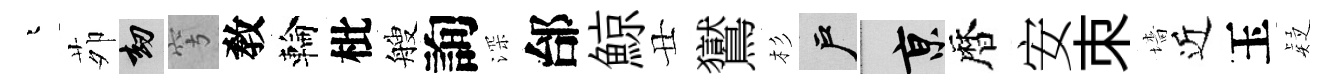
迢茆劫穹敎輪枇艘詢深邰鯨丑鸑杉户京暦安朿墻近玉疑